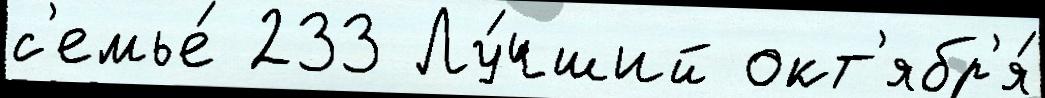
с'емье́ 233 Лу́чший окт'ябр'я́